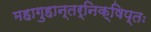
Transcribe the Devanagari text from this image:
महागुहान्तर्निक्षिप्तः